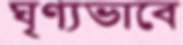
ঘৃণ্যভাবে